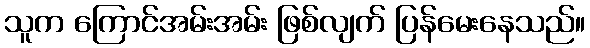
သူက ကြောင်အမ်းအမ်း ဖြစ်လျက် ပြန်မေးနေသည်။